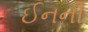
ઈનની